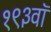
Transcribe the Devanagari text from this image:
१९३वॉ